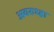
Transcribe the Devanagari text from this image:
अवरुध्हा